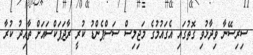
ސިރިސޭނާ ވިދާޅުވި ގޮތުގައި އެގައުމުގެ މަޖިލިސް ސަސްޕެންޑު ކުރީ ރާޖަޕަކްސައަށް ތާއިދު ކުރާ